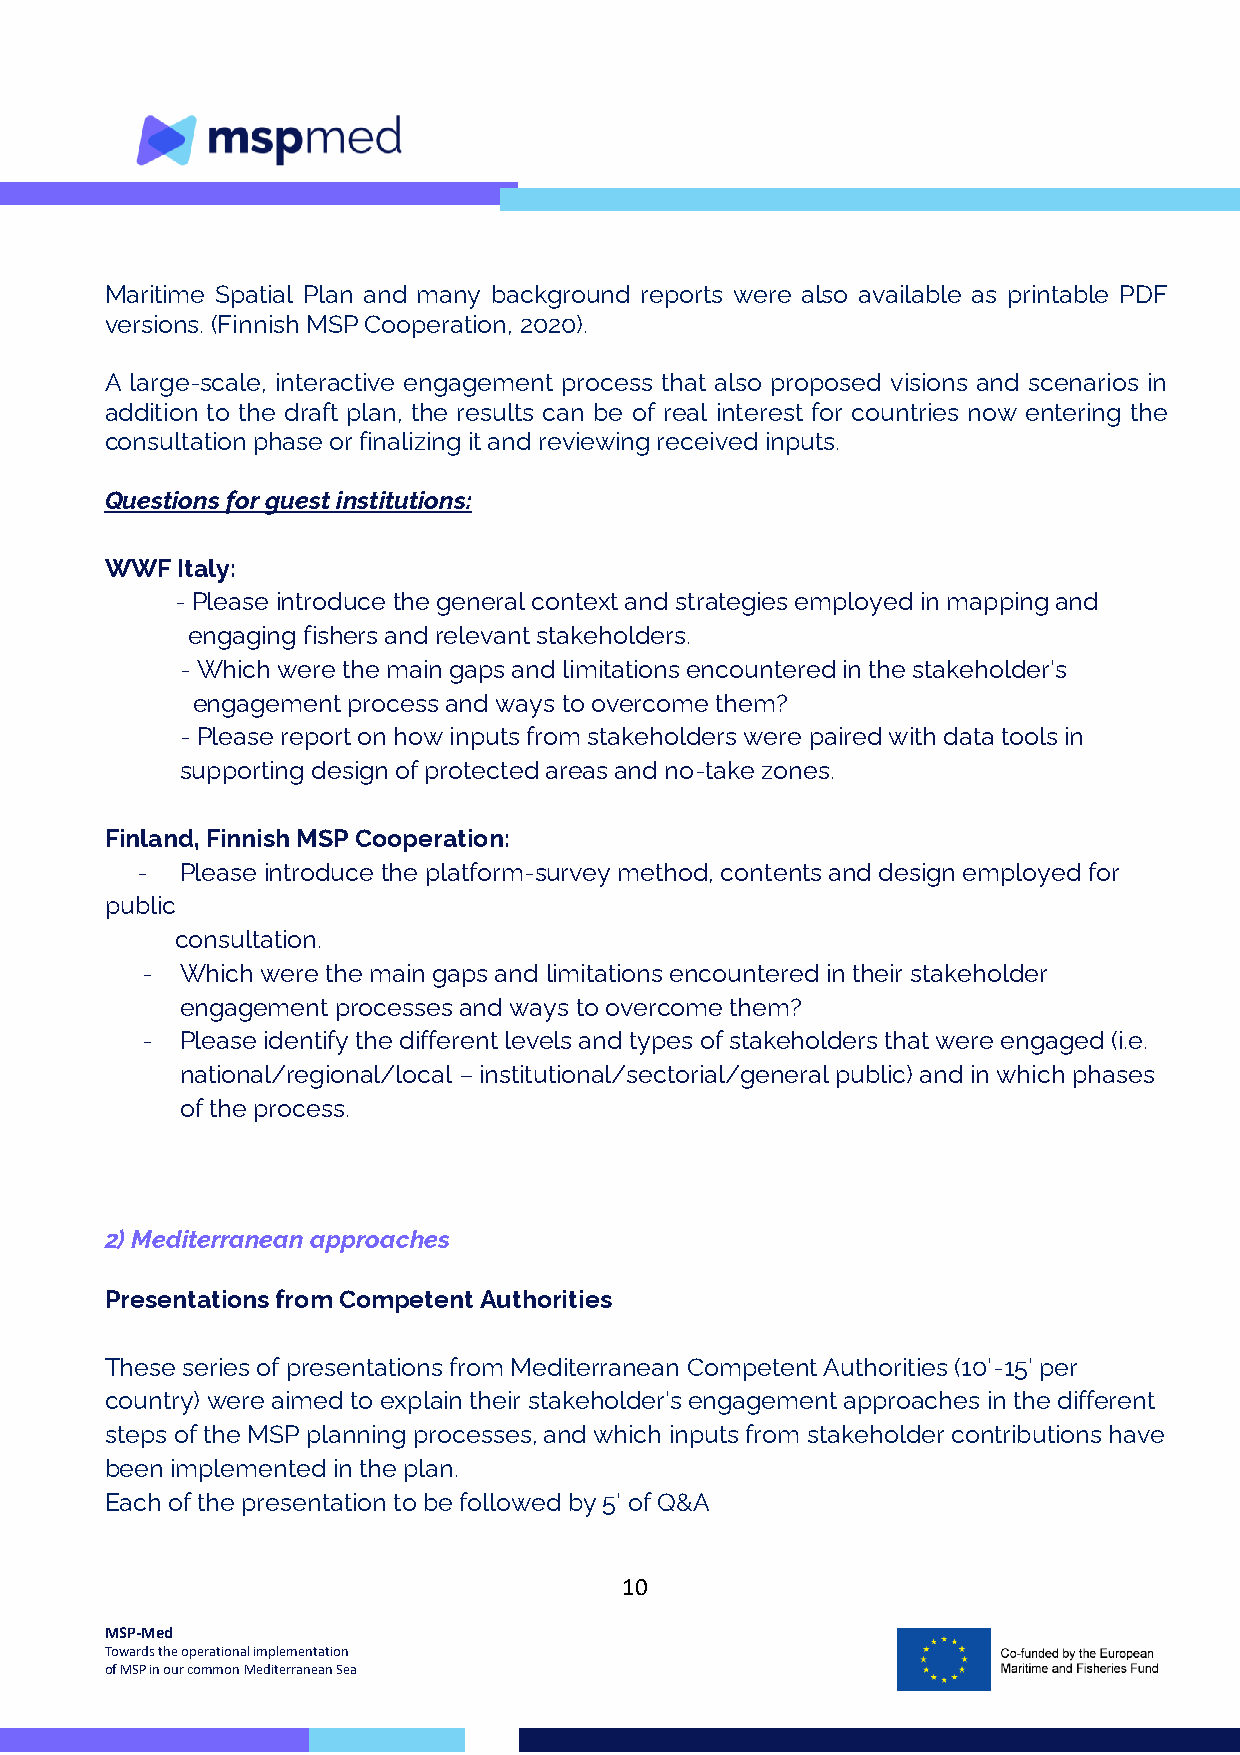
Maritime Spatial Plan and many background reports were also available as printable PDF
 versions. (Finnish MSP Cooperation, 2020).
 A large-scale, interactive engagement process that also proposed visions and scenarios in
 addition to the draft plan, the results can be of real interest for countries now entering the
 consultation phase or finalizing it and reviewing received inputs.
 Questions for guest institutions:
 WWF  Italy:
 - Please introduce the general context and strategies employed in mapping and
 engaging fishers and relevant stakeholders.
 - Which were the main gaps and limitations encountered in the stakeholder’s
 engagement process and ways to overcome them?
 - Please report on how inputs from stakeholders were paired with data tools in
 supporting design of protected areas and no-take zones.
 Finland, Finnish MSP Cooperation:
 -  Please introduce the platform-survey method, contents and design employed for
 public
 consultation.
 -  Which were the main gaps and limitations encountered in their stakeholder
 engagement processes and ways to overcome them?
 -  Please identify the different levels and types of stakeholders that were engaged (i.e.
 national/regional/local – institutional/sectorial/general public) and in which phases
 of the process.
 2) Mediterranean approaches
 Presentations from Competent Authorities
 These series of presentations from Mediterranean Competent Authorities (10’-15’ per
 country) were aimed to explain their stakeholder’s engagement approaches in the different
 steps of the MSP planning processes, and which inputs from stakeholder contributions have
 been implemented in the plan.
 Each of the presentation to be followed by 5’ of Q&A
 10
 MSP-Med
 Towards the operational implementation
 of MSP in our common Mediterranean Sea